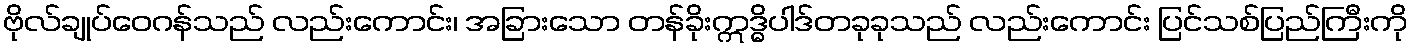
ဗိုလ်ချုပ်ဝေဂန်သည် လည်းကောင်း၊ အခြားသော တန်ခိုးဣဒ္ဓိပါဒ်တခုခုသည် လည်းကောင်း ပြင်သစ်ပြည်ကြီးကို